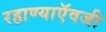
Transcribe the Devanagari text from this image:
रहाण्याऍवजी